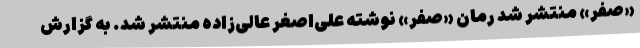
«صفر» منتشر شد رمان «صفر» نوشته علی‌اصغر عالی‌زاده منتشر شد. به گزارش